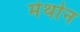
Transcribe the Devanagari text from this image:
मेर्थान